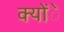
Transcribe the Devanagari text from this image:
क्योंे